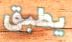
يطبق